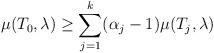
LaTeX: \begin{align*} \mu(T_0, \lambda) \ge \sum_{j=1}^{k} (\alpha_j - 1) \mu(T_j, \lambda)\end{align*}